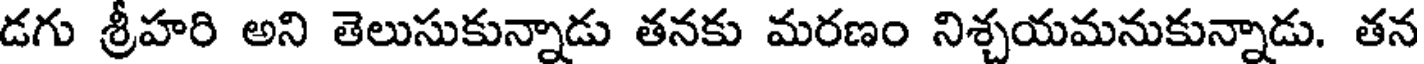
డగు శ్రీహరి అని తెలుసుకున్నాడు తనకు మరణం నిశ్చయమనుకున్నాడు. తన